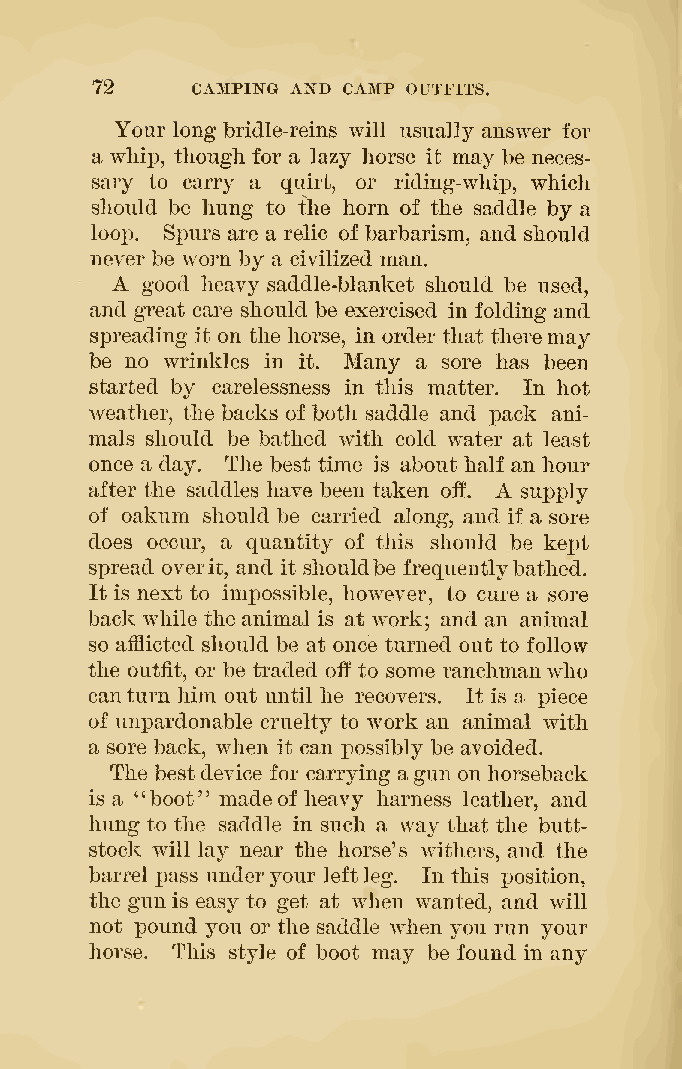
72     CAMPING AND CAMP OUTFITS.
 Your long bridle-reins will usually answer for
 a whip, though for a lazy horse it may be neces-
 sary to carry a quirt, or riding-whip, which
 should be hung to the horn of the saddle by a
 loop. Spurs are a relic of barbarism, and should
 never be worn by a civilized man.
 A
 good heavy saddle-blanket should be used,
 and great care should be exercised in folding and
 spreading it on the horse, in order that there may
 be no wrinkles in it. Many a sore has been
 started by carelessness in this matter. In hot
 weather, the backs of both saddle and pack ani-
 mals should be bathed with cold water at least
 once a day. The best time is about half an hour
 A
 after the saddles have been taken off. supply
 of oakum shoukl be carried along, and if a sore
 does occur, a quantity of this should be kept
 spread overit, and it shouldbe frequentlybathed.
 It is next to impossible, however, to cure a sore
 back while the animal is at work; and an animal
 so afflicted should be at once turned out to follow
 the outfit, or be traded oif to some ranchmanwho
 canturn him out until he recovers. It is a piece
 of uniDardonable cruelty to work an animal with
 a sore back, when it can possibly be avoided.
 The bestdevice for carrying agun on horseback
 is a "boot" made of heavy harness leather, and
 hung to the saddle in such a way that the butt-
 stock will lay near the horse's withers, and the
 barrel pass underyour leftleg. In this position,
 the gun is easy to get at when wanted, and will
 not pound you or the saddle when you run your
 horse. This style of boot may be found in any